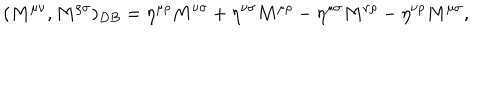
LaTeX: ( M ^ { \mu \nu } , M ^ { \rho \sigma } ) _ { D B } = \eta ^ { \mu \rho } M ^ { \nu \sigma } + \eta ^ { \nu \sigma } M ^ { \mu \rho } - \eta ^ { \mu \sigma } M ^ { \nu \rho } - \eta ^ { \nu \rho } M ^ { \mu \sigma } ,